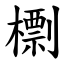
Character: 檦